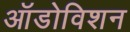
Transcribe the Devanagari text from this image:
ऑडोविशन